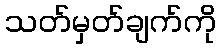
သတ်မှတ်ချက်ကို